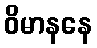
ဝိမာနနေ